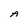
Character: A